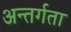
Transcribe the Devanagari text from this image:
अन्तर्गता